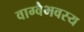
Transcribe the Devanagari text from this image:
वाग्वैभवस्य